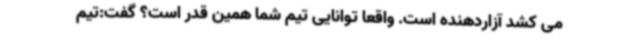
می کشد آزاردهنده است. واقعا توانایی تیم شما همین قدر است؟ گفت:تیم